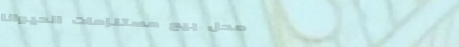
محل بيع مستلزمات الحيوانا